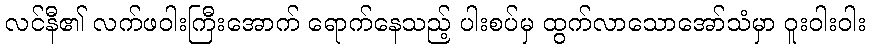
လင်နီ၏ လက်ဖဝါးကြီးအောက် ရောက်နေသည့် ပါးစပ်မှ ထွက်လာသောအော်သံမှာ ဝူးဝါးဝါး